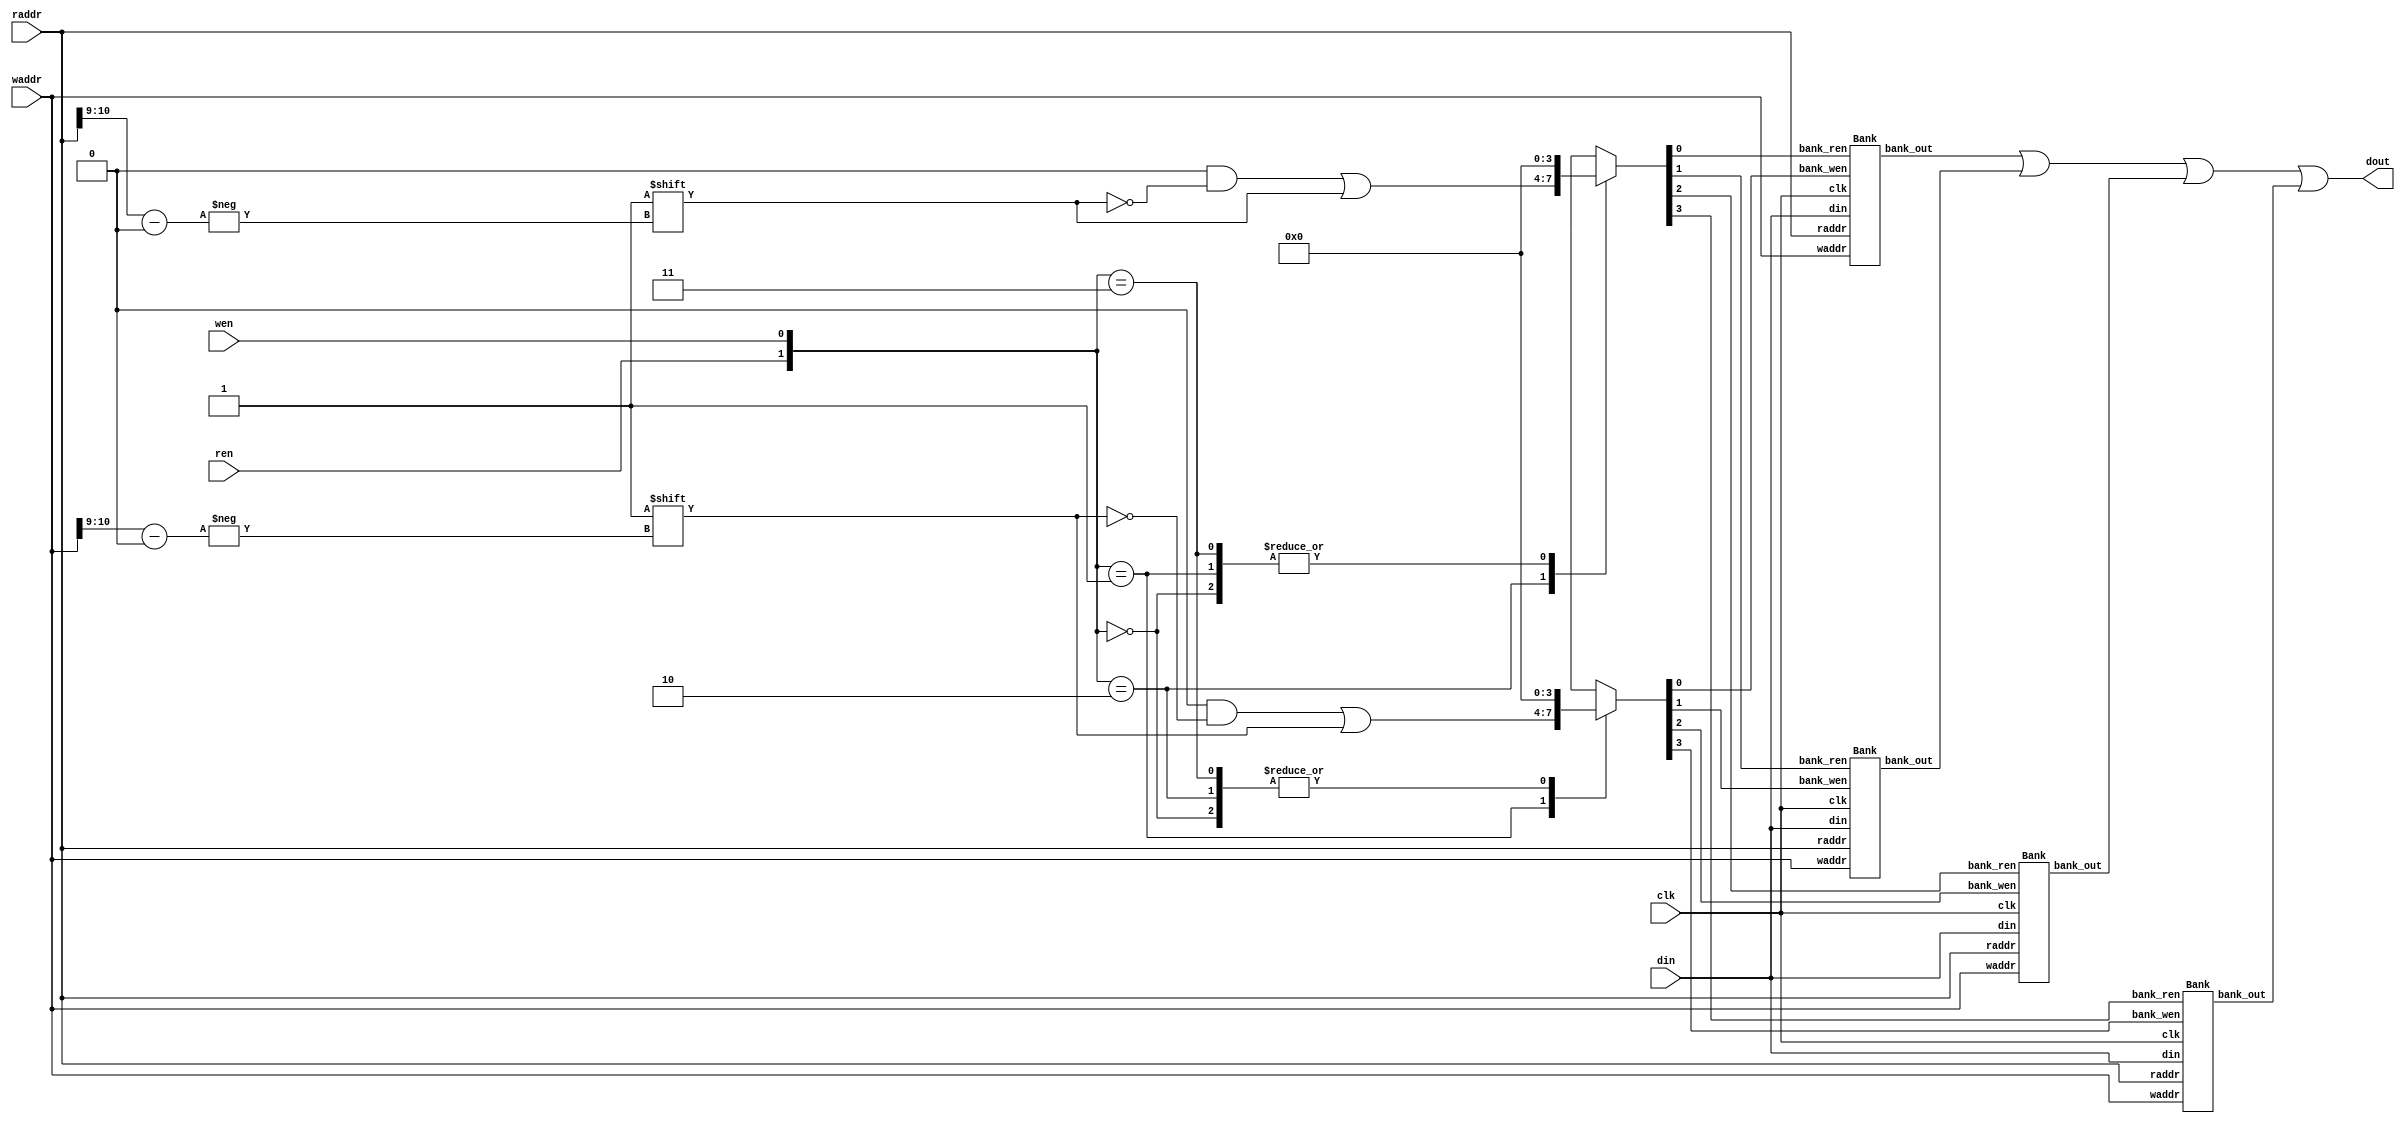
`timescale 1ns/1ps

module Multi_Bank_Memory (clk, ren, wen, waddr, raddr, din, dout);
input clk;
input ren, wen;
input [10:0] waddr;
input [10:0] raddr;
input [7:0] din;
output [7:0] dout;

reg [3:0] bank_ren, bank_wen;
wire [7:0] bank_out[3:0]; 
always@(*)begin
       case({ren, wen})
       2'b00:begin
              bank_ren = 4'b0000;
              bank_wen = 4'b0000;
       end
       2'b01:begin
              bank_ren = 4'b0000;
              bank_wen = 4'b0000;
              bank_wen[waddr[10:9]] = 1'b1;
       end
       2'b10:begin
              bank_wen = 4'b0000;
              bank_ren = 4'b0000;
              bank_ren[raddr[10:9]] = 1'b1;
       end
       2'b11:begin
              bank_wen = 4'b0000;
              bank_ren = 4'b0000;
       end
       endcase

end

Bank b0(clk, bank_ren[0], bank_wen[0], waddr, raddr, din, bank_out[0]);
Bank b1(clk, bank_ren[1], bank_wen[1], waddr, raddr, din, bank_out[1]);
Bank b2(clk, bank_ren[2], bank_wen[2], waddr, raddr, din, bank_out[2]);
Bank b3(clk, bank_ren[3], bank_wen[3], waddr, raddr, din, bank_out[3]);

assign dout = bank_out[0] | bank_out[1] | bank_out[2] | bank_out[3];
endmodule

module Bank (clk, bank_ren, bank_wen, waddr, raddr, din, bank_out);
input clk, bank_ren, bank_wen;
input [10:0] waddr;
input [10:0] raddr;
input [7:0] din;
output [7:0] bank_out;

reg [3:0] subbank_ren, subbank_wen;
reg [6:0] addr[3:0];
wire [7:0] subbank_out[3:0];

always@(*)begin
       case({bank_ren, bank_wen})
       2'b00:begin
              subbank_ren = 4'b0000;
              subbank_wen = 4'b0000;
       end
       2'b01:begin
              subbank_ren = 4'b0000;
              subbank_wen = 4'b0000;
              subbank_wen[waddr[8:7]] = 1'b1;
              addr[waddr[8:7]] = waddr[6:0];
       end
       2'b10:begin
              subbank_wen = 4'b0000;
              subbank_ren = 4'b0000;
              subbank_ren[raddr[8:7]] = 1'b1;
              addr[raddr[8:7]] = raddr[6:0];
       end
       2'b11:begin
              subbank_wen = 4'b0000;
              subbank_ren = 4'b0000;
              subbank_ren[raddr[8:7]] = 1'b1;
              subbank_wen[waddr[8:7]] = 1'b1;
              addr[waddr[8:7]] = waddr[6:0];
              addr[raddr[8:7]] = raddr[6:0];
       end
       endcase
end

Memory m0 (clk, subbank_ren[0], subbank_wen[0], addr[0], din, subbank_out[0]);
Memory m1 (clk, subbank_ren[1], subbank_wen[1], addr[1], din, subbank_out[1]);
Memory m2 (clk, subbank_ren[2], subbank_wen[2], addr[2], din, subbank_out[2]);
Memory m3 (clk, subbank_ren[3], subbank_wen[3], addr[3], din, subbank_out[3]);

assign bank_out = subbank_out[0] | subbank_out[1] | subbank_out[2] | subbank_out[3];
endmodule

module Memory (clk, ren, wen, addr, din, dout);
input clk;
input ren, wen;
input [6:0] addr;
input [7:0] din;
output [7:0] dout;
reg [7:0]ADDRreg[127:0];
reg [7:0] dout;
reg [7:0] read;
reg [7:0] next_addr;
always@(posedge clk)begin
    if(ren == 1'b1)dout <= ADDRreg[addr];
    else if(wen == 1'b1)begin
        ADDRreg[addr] <= din;
        dout <= 8'd0;
    end
    else dout <= 8'd0;
end

endmodule